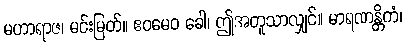
မဟာရာဇ၊ မင်းမြတ်။ ဧဝမေဝ ခေါ၊ ဤအတူသာလျှင်။ မာရဏန္တိကံ၊